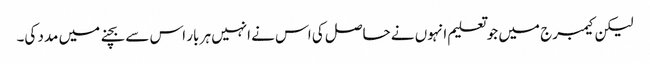
لیکن کیمبرج میں جو تعلیم انہوں نے حاصل کی اس نے انہیں ہر بار اس سے بچنے میں مدد کی۔